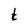
Character: t